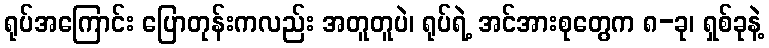
ရုပ်အကြောင်း ပြောတုန်းကလည်း အတူတူပဲ၊ ရုပ်ရဲ့ အင်အားစုတွေက ၈-ခု၊ ရှစ်ခုနဲ့